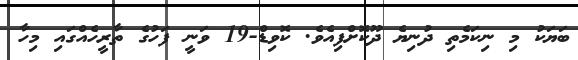
ބަޔަކު މި ނިކަމެތި ދުނިޔެ ދޫކޮށްފިއެވެ. ކޮވިޑް-19 ވަނީ ފަހުގެ ތާރީހެެއްގައި މިހާ